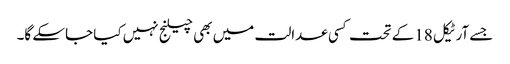
جسے آرٹیکل 18کے تحت کسی عدالت میں بھی چیلنج نہیں کیا جاسکے گا۔